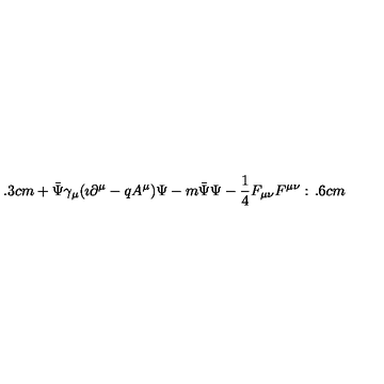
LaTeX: \hspace { 1 . 3 c m } + \bar { \Psi } \gamma _ { \mu } ( \imath \partial ^ { \mu } - q A ^ { \mu } ) \Psi - m \bar { \Psi } \Psi - { \frac { 1 } { 4 } } F _ { \mu \nu } F ^ { \mu \nu } : \hspace { 1 . 6 c m }